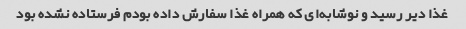
غذا دیر رسید و نوشابه‌ای که همراه غذا سفارش داده بودم فرستاده نشده بود